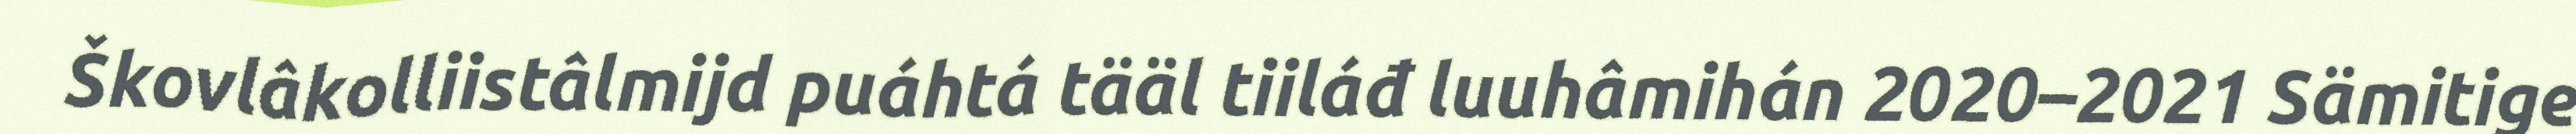
Škovlâkolliistâlmijd puáhtá tääl tiiláđ luuhâmihán 2020–2021 Sämitige